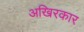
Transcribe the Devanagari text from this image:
अखिरकार